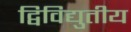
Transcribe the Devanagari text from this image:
द्विविद्युतीय